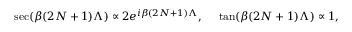
\sec ( \beta ( 2 N + 1 ) \Lambda ) \propto 2 e ^ { i \beta ( 2 N + 1 ) \Lambda } , \ \ \ \ \tan ( \beta ( 2 N + 1 ) \Lambda ) \propto 1 ,